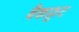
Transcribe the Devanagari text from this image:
बैकफ़ुट